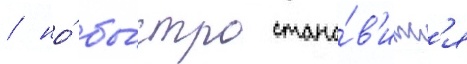
/ но́ бы́стро стано́в'итс'я